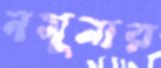
নমুনার